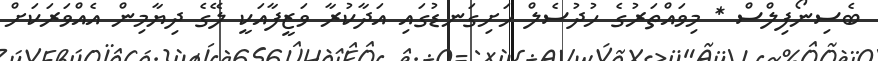
ބެސިނޯފިލްސް * މިވައްތަރުގެ ހުދުސެލް ހަށިގަނޑުގައި އަދާކުރާ ވަޒީފާއަކީ ލޭގެ ދިޔާމިން އެއްވަރަކަށް